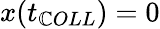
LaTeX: x(t_{\mathbb{C}OLL})=0